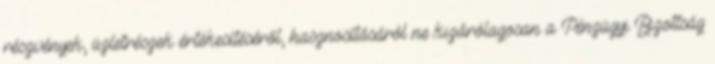
részvények, üzletrészek értékesítéséről, hasznosításáról ne kizárólagosan a Pénzügyi Bizottság